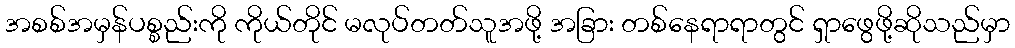
အစစ်အမှန်ပစ္စည်းကို ကိုယ်တိုင် မလုပ်တတ်သူအဖို့ အခြား တစ်နေရာရာတွင် ရှာဖွေဖို့ဆိုသည်မှာ